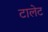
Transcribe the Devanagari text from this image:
टालेट